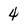
Character: 4